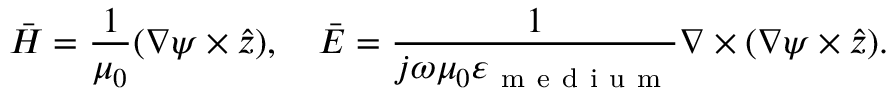
\bar { H } = \frac { 1 } { \mu _ { 0 } } ( \nabla \psi \times \hat { z } ) , \quad \bar { E } = \frac { 1 } { j \omega \mu _ { 0 } \varepsilon _ { \mathrm { ~ m ~ e ~ d ~ i ~ u ~ m ~ } } } \nabla \times ( \nabla \psi \times \hat { z } ) .